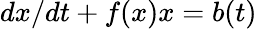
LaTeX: dx/dt+f(x)x=b(t)